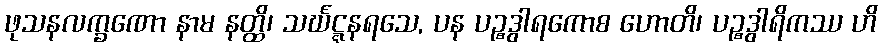
ဖုသနလက္ခဏော နာမ နတ္ထိ၊ သင်္ဃဋ္ဋနရသေ, ပန ပဉ္စဒွါရကောစ ဟောတိ၊ ပဉ္စဒွါရိကဿ ဟိ